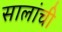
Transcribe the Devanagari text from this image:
सालांची